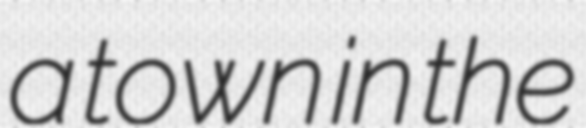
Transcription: a town in the